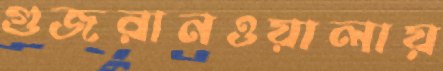
গুজরানওয়ালায়